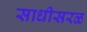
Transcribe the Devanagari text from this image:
साधीसरळ